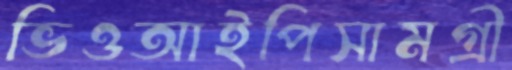
ভিওআইপিসামগ্রী